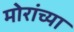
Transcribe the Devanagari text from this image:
मोरांच्या